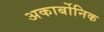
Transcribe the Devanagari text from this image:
अकार्बोनिक